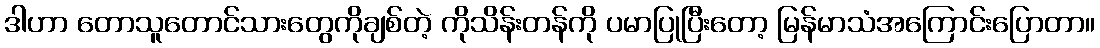
ဒါဟာ တောသူတောင်သားတွေကိုချစ်တဲ့ ကိုသိန်းတန်ကို ပမာပြုပြီးတော့ မြန်မာသံအကြောင်းပြောတာ။